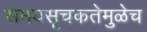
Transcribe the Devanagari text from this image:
समयसूचकतेमुळेच